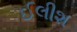
ઈલીશ